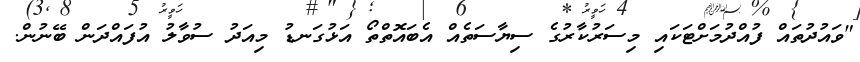
"ވައުދުތައް ފުއްދުމަށްޓަކައި މިސަރުކާރުގެ ސިޔާސަތެއް އެބައޮތްތޯ އަޅުގަނޑު މިއަދު ސުވާލު އުފައްދަން ބޭނުން.